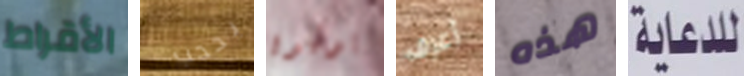
الأقراط يحجب يونيون أعرف هذه للدعاية